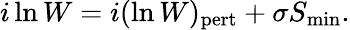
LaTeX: i\ln W=i(\ln W)_{\mathrm{pert}}+\sigma S_{\mathrm{min}}.